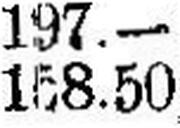
158.50